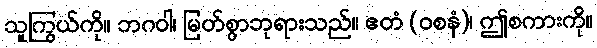
သူကြွယ်ကို။ ဘဂဝါ၊ မြတ်စွာဘုရားသည်။ ဧတံ (ဝစနံ)၊ ဤစကားကို။